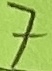
Text: 7